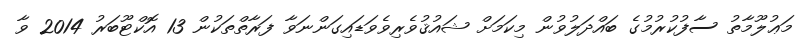
މަޢުލޫމާތު ސާފުކުރުމުގެ ބައްދަލުވުން މިކަމަށް ޝައުޤުވެރިވެވަޑައިގަންނަވާ ފަރާތްތަކުން 13 އޮކްޓޫބަރު 2014 ވާ